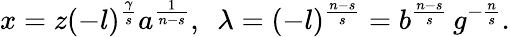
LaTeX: x=z(-l)^{\frac{\gamma}{s}}a^{\frac{1}{n-s}},\, \, \, \lambda=(-l)^{\frac{n-s}{s}}=b^{\frac{n-s}{s}}\, g^{-\frac{n}{s}}.